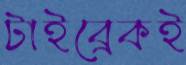
টাইব্রেকই